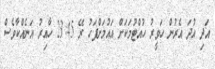
އަދި އުދަ އެރުން ހަވީރު ހުއްޓުމަކަށް އައުމަށްފަހު ރޭ 23:45 ހާއިރު އަނެއްކާވެސް